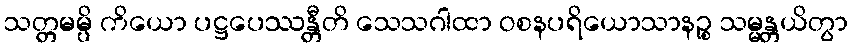
သတ္တမမ္ပိ ကိယော ပဋ္ဌပေဿန္တီတိ သေသဂါထာ ဝစနပရိယောသာနဉ္စ သမ္မန္တယိတွာ